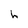
Character: h